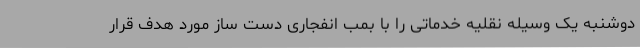
دوشنبه یک وسیله نقلیه خدماتی را با بمب انفجاری دست ساز مورد هدف قرار